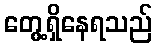
တွေ့ရှိနေရသည်